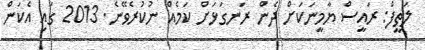
ލަތީފް: ރައީސް ޔާމީނަކަށް ދެން ރަނގަޅަށް ކަމެއް ނުކުރެވޭނެ. 2013 ގައި އެކަން